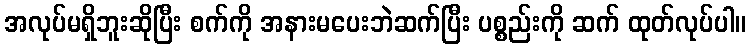
အလုပ်မရှိဘူးဆိုပြီး စက်ကို အနားမပေးဘဲဆက်ပြီး ပစ္စည်းကို ဆက် ထုတ်လုပ်ပါ။